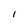
Character: l